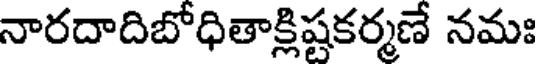
నారదాదిబోధితాక్లిష్టకర్మణే నమః